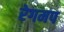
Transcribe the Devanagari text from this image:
रेगमप